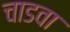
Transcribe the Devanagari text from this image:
चाडवा